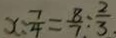
x : \frac { 7 } { 4 } = \frac { 8 } { 7 } : \frac { 2 } { 3 }